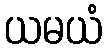
ယမယံ